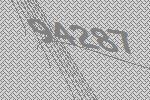
94287